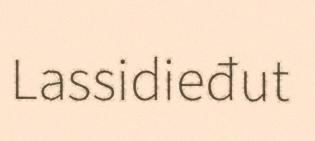
Lassidieđut